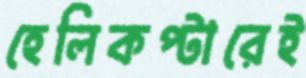
হেলিকপ্টারেই